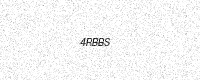
Text: 4RBBS